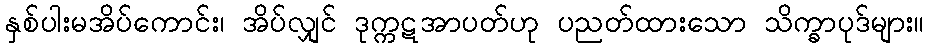
နှစ်ပါးမအိပ်ကောင်း၊ အိပ်လျှင် ဒုက္ကဋအာပတ်ဟု ပညတ်ထားသော သိက္ခာပုဒ်များ။